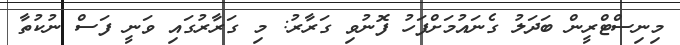
މިނިސްޓްރީން ބަދަލު ގެނައުމަށްފަހު ފޮނުވި ގަރާރު: މި ގަރާރުގައި ވަނީ ފަސް ނުކުތާ